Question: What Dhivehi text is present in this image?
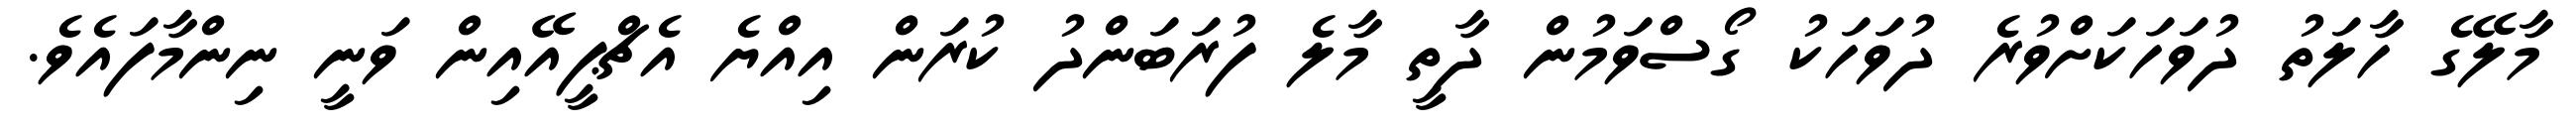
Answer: މާލޭގެ ހާލަތު ދުވަހަކަށްވުރެ ދުވަހަކު ގޯސްވަމުން ދާތީ މާލެ ފުރަބަންދު ކުރަން އިއްޔެ އެޗްޕީއޭއިން ވަނީ ނިންމާފައެވެ.